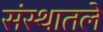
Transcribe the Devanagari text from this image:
संस्थातले